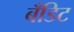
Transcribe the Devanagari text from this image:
बँडिट